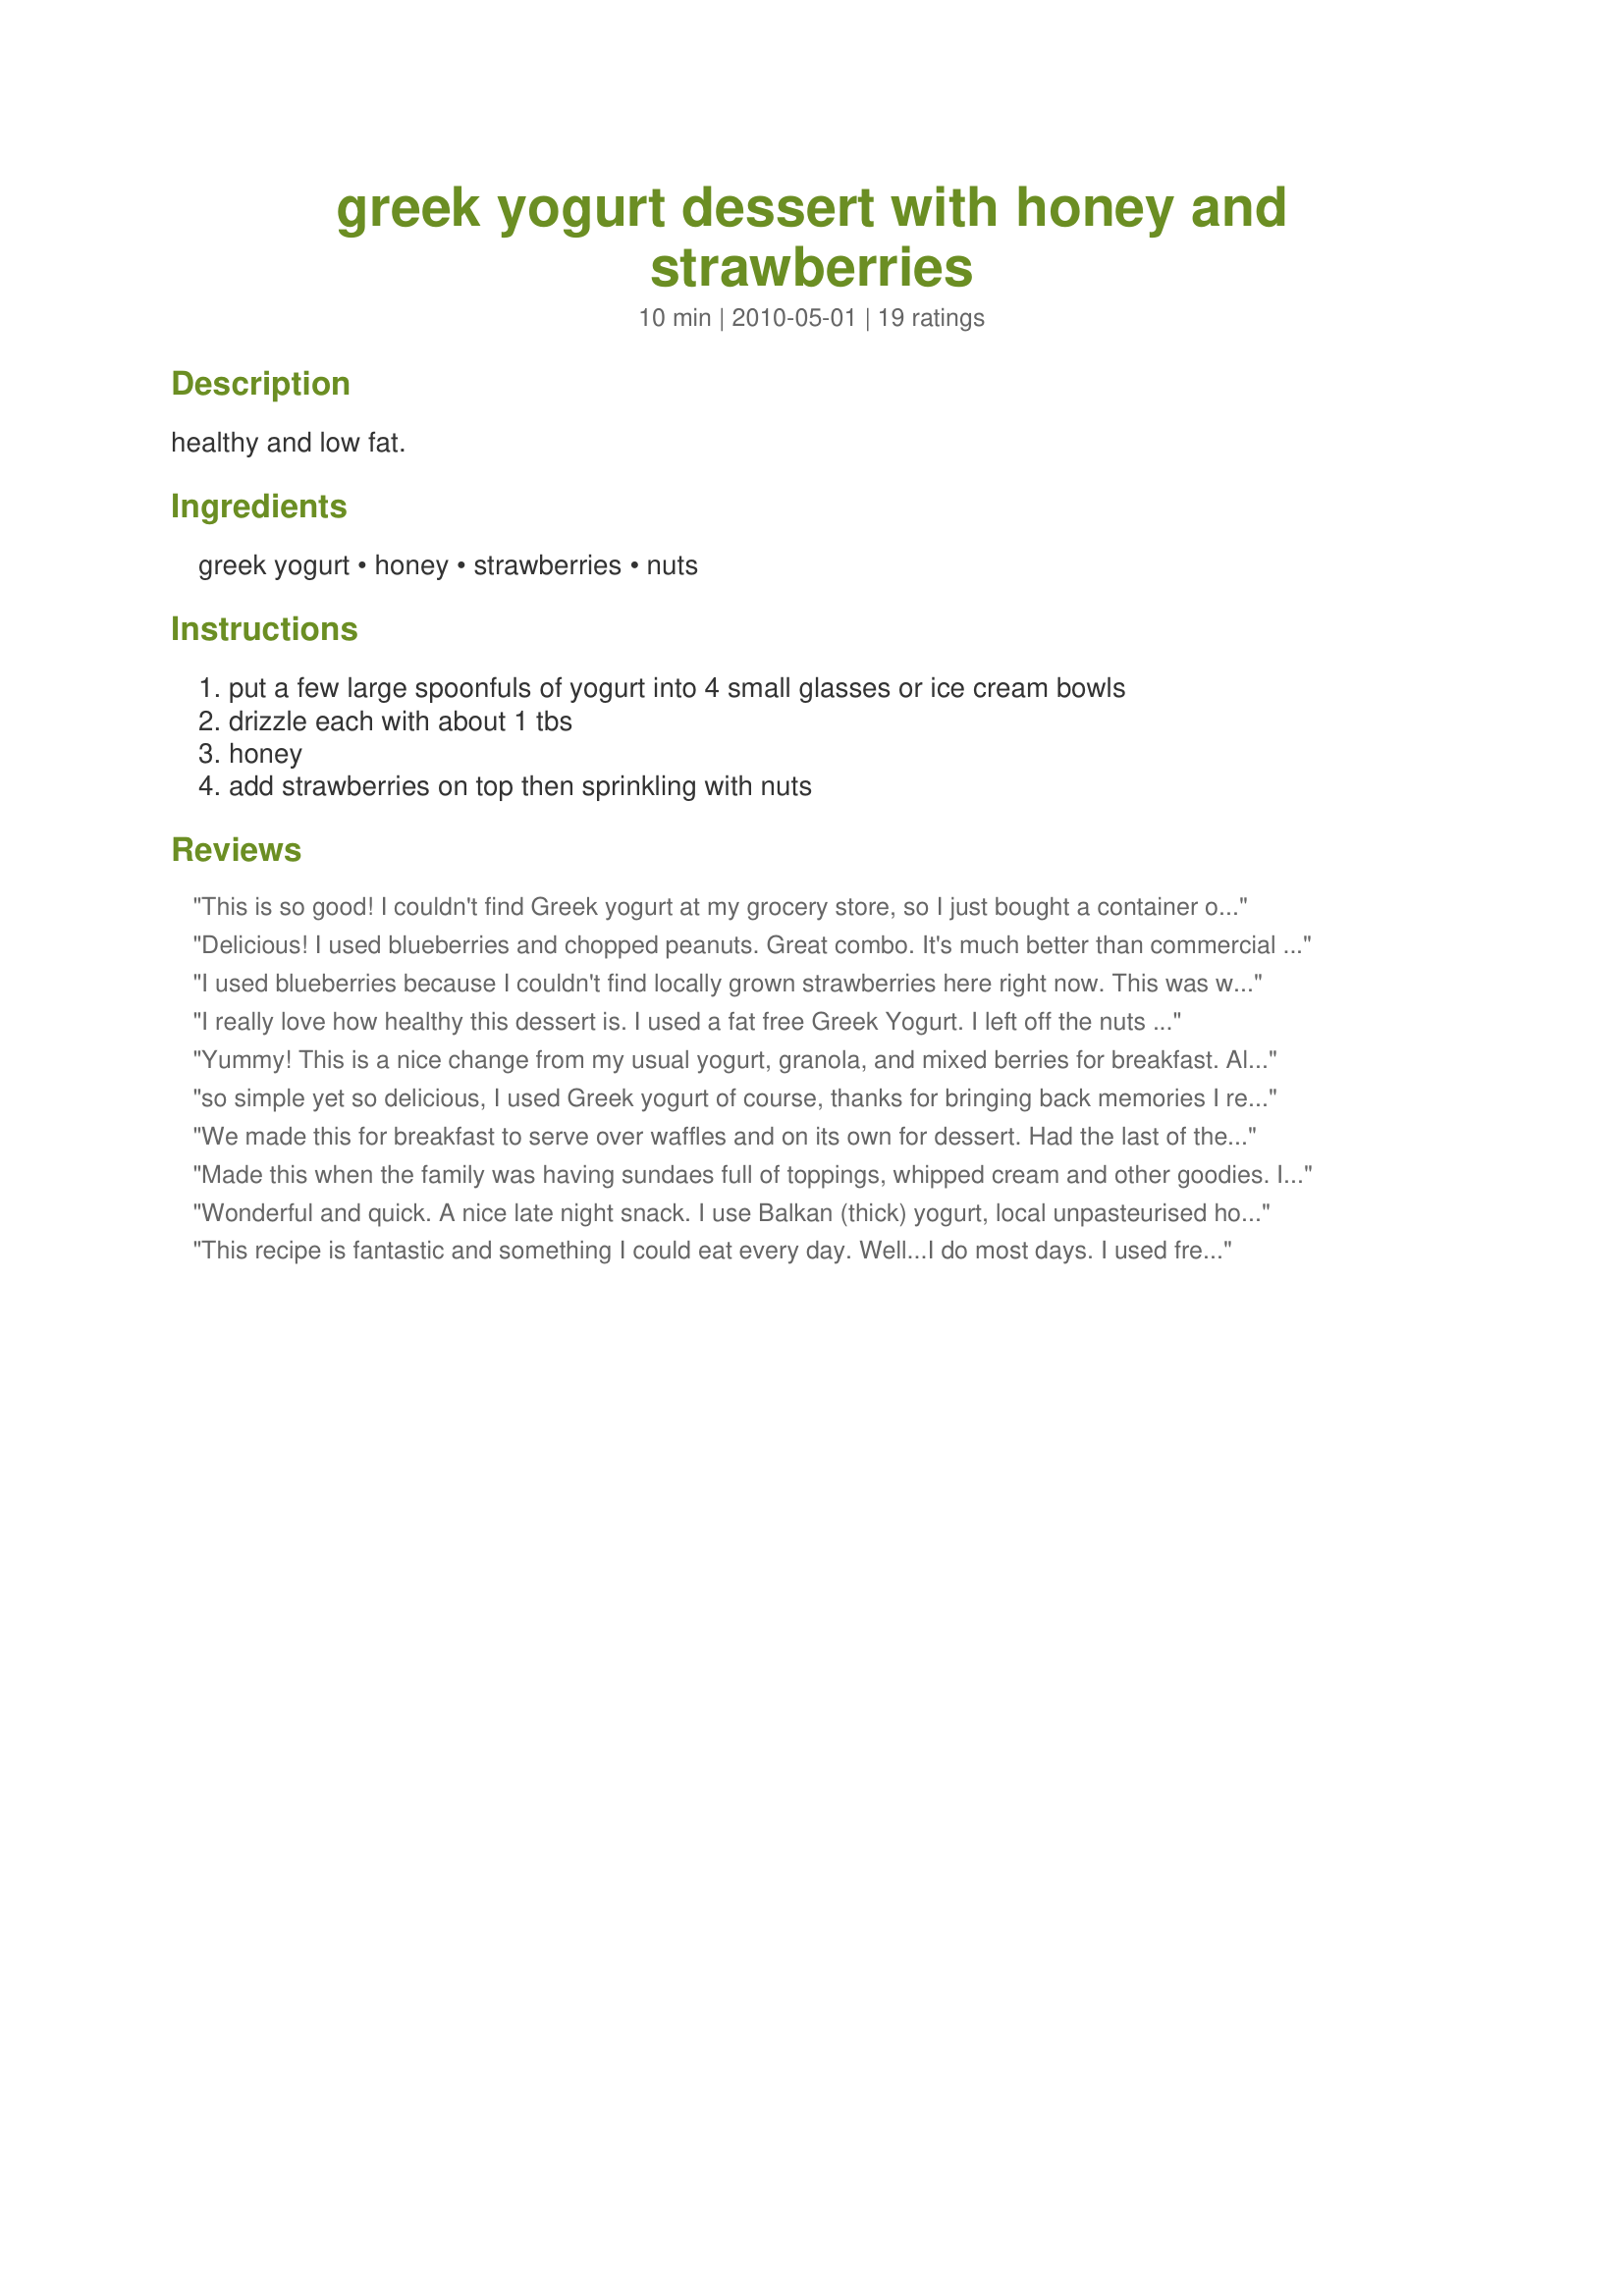
greek yogurt dessert with honey and strawberries
Preparation time: 10 minutes

healthy and low fat.

Ingredients:
greek yogurt, honey, strawberries, nuts

Steps:
put a few large spoonfuls of yogurt into 4 small glasses or ice cream bowls, drizzle each with about 1 tbs, honey, add strawberries on top then sprinkling with nuts

Reviews:
This is so good! I couldn't find Greek yogurt at my grocery store, so I just bought a container of vanilla yogurt. It is a simple, yet very satisfying dessert. I had a handful of blueberries left from another recipe so I tossed them in and it was just so pretty and delicious! I had some Macadamia nuts left from another recipe so I chopped them very fine and they were almost like a powder, and it was perfect! Thanks so much for a wonderful, simple dessert that I will be sure to make again and again! Made for a strawberry event at one of KK's forum events.
Delicious! I used blueberries and chopped peanuts. Great combo. It's much better than commercial fruited yogurts.
I used blueberries because I couldn't find locally grown strawberries here right now. This was wonderful! I used 0 Fat Greek yogurt and there is no way you would think this is low fat. Delicious! I didn't eat this as a desert, but as breakfast :)! Thanks for sharing!
I really love how healthy this dessert is. I used a fat free Greek Yogurt. I left off the nuts and after tasting it, opted to sprinkle on some granola. Very good! Made for *Aussie Swap*
Yummy! This is a nice change from my usual yogurt, granola, and mixed berries for breakfast. Although I really liked the added flavor of the honey, it was a little sweet for my taste, but only because I'm not used to adding any sweetener to my yogurt. Made for ZWT6.
so simple yet so delicious, I used Greek yogurt of course, thanks for bringing back memories I really enjoyed this once again Gail!
We made this for breakfast to serve over waffles and on its own for dessert. Had the last of the home grown strawberries with the first of the home grown blueberries, a superb nonfat Greek yogurt and local clover honey. I chose cashews but DH skipped 'em. Absolute heaven! Made for ZWT6 by a Looney Spoon Phoodie.
Made this when the family was having sundaes full of toppings, whipped cream and other goodies. I didn't want all of the fat and calories, so I decided to make this. I used Stonyfield greek yogurt, raw honey, 4 sliced strawberries, and a small spoonful of toasted flax seed in place of nuts. It was very tasty and healthy too. Thanks so much for posting this recipe. Made and reviewed for the 40th AUS/NZ Recipe Swap.
Wonderful and quick. A nice late night snack. I use Balkan (thick) yogurt, local unpasteurised honey, strawberries or blueberries (good as well) and blanched slivered almonds which I toast in a dry pan. I will make this again with strawberries probably. Made for ZWT6 Greece/Cyprus region, for my team, The Ya Ya cookerhood.
This recipe is fantastic and something I could eat every day. Well...I do most days. I used fresh raspberries just picked from the garden and my home-made granola. Greek yogurt is something I normally don't keep on hand, but I do on occasion as it's much more filling than my normal Yoplait or Activia. <br/>Made for KK's Big Fat Greek tag game.
Was so looking forward to some nice sweet strawberries but at last is still early spring and could only get hot house raspberries which were still very tasty with the yogurt, honey and some toasted pecans. This is such a tasty and healthy dessert that we will be enjoying a few weeks down the road when strawberries are in full swing. Thanks for the post.
That is what I call the perfect dessert! I was looking for something simple to serve this summer and found your recipe. Thank you for posting. Made this for ZWT6.
Rita
I just had this for breakfast, but I'm sure it's a great dessert too :) I used homemade yogurt and toasted almonds. It's so simple but still elegant and yummy. Thank you for sharing! Made for Swizzle Chicks and ZWT6.
I happened to have all of the ingredients on hand and remembered this recipe being recommended in the Best of 2010 game. This made for a perfect snack (treat, really!). Yum. :)
Great idea and healthy to boot! I used thawed frozen strawberries.
Delicious and healthy breakfast!! I made for just one serving and chose sliced almonds for the nut, yummo!!! Loved the combination of the fruit, yogurt, honey and then the toasted almonds just put the final tough on this dish. Thanks for sharing the recipe. Made for ZWT Hercules Challenge.
I used frozen strawberries and blueberries with brazil nuts. This turned out wonderful, thanks so much for sharing this recipe!!
WOW! This was beautiful; to look at and to eat! Dessert for breakfast! Delicious; I'm just learning to enjoy greek yoghurt and the combo of strawberries, honey and yogurt was really complemented by some crumbled walnuts! Did I say 'Bliss'? Thanks so much for sharing this winner, gailanng. It was truly enjoyed! Made for ZWT.
So easy, and delicious. I used fat free yogurt and almonds. Wonderful! Thanks for sharing!
